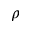
\rho